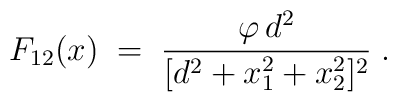
F_{12} (x) \; = \; \frac{ \varphi \, d^2 }{ [d^2 + x_1^2 +x_2 ^2 ]^2 }  \; .